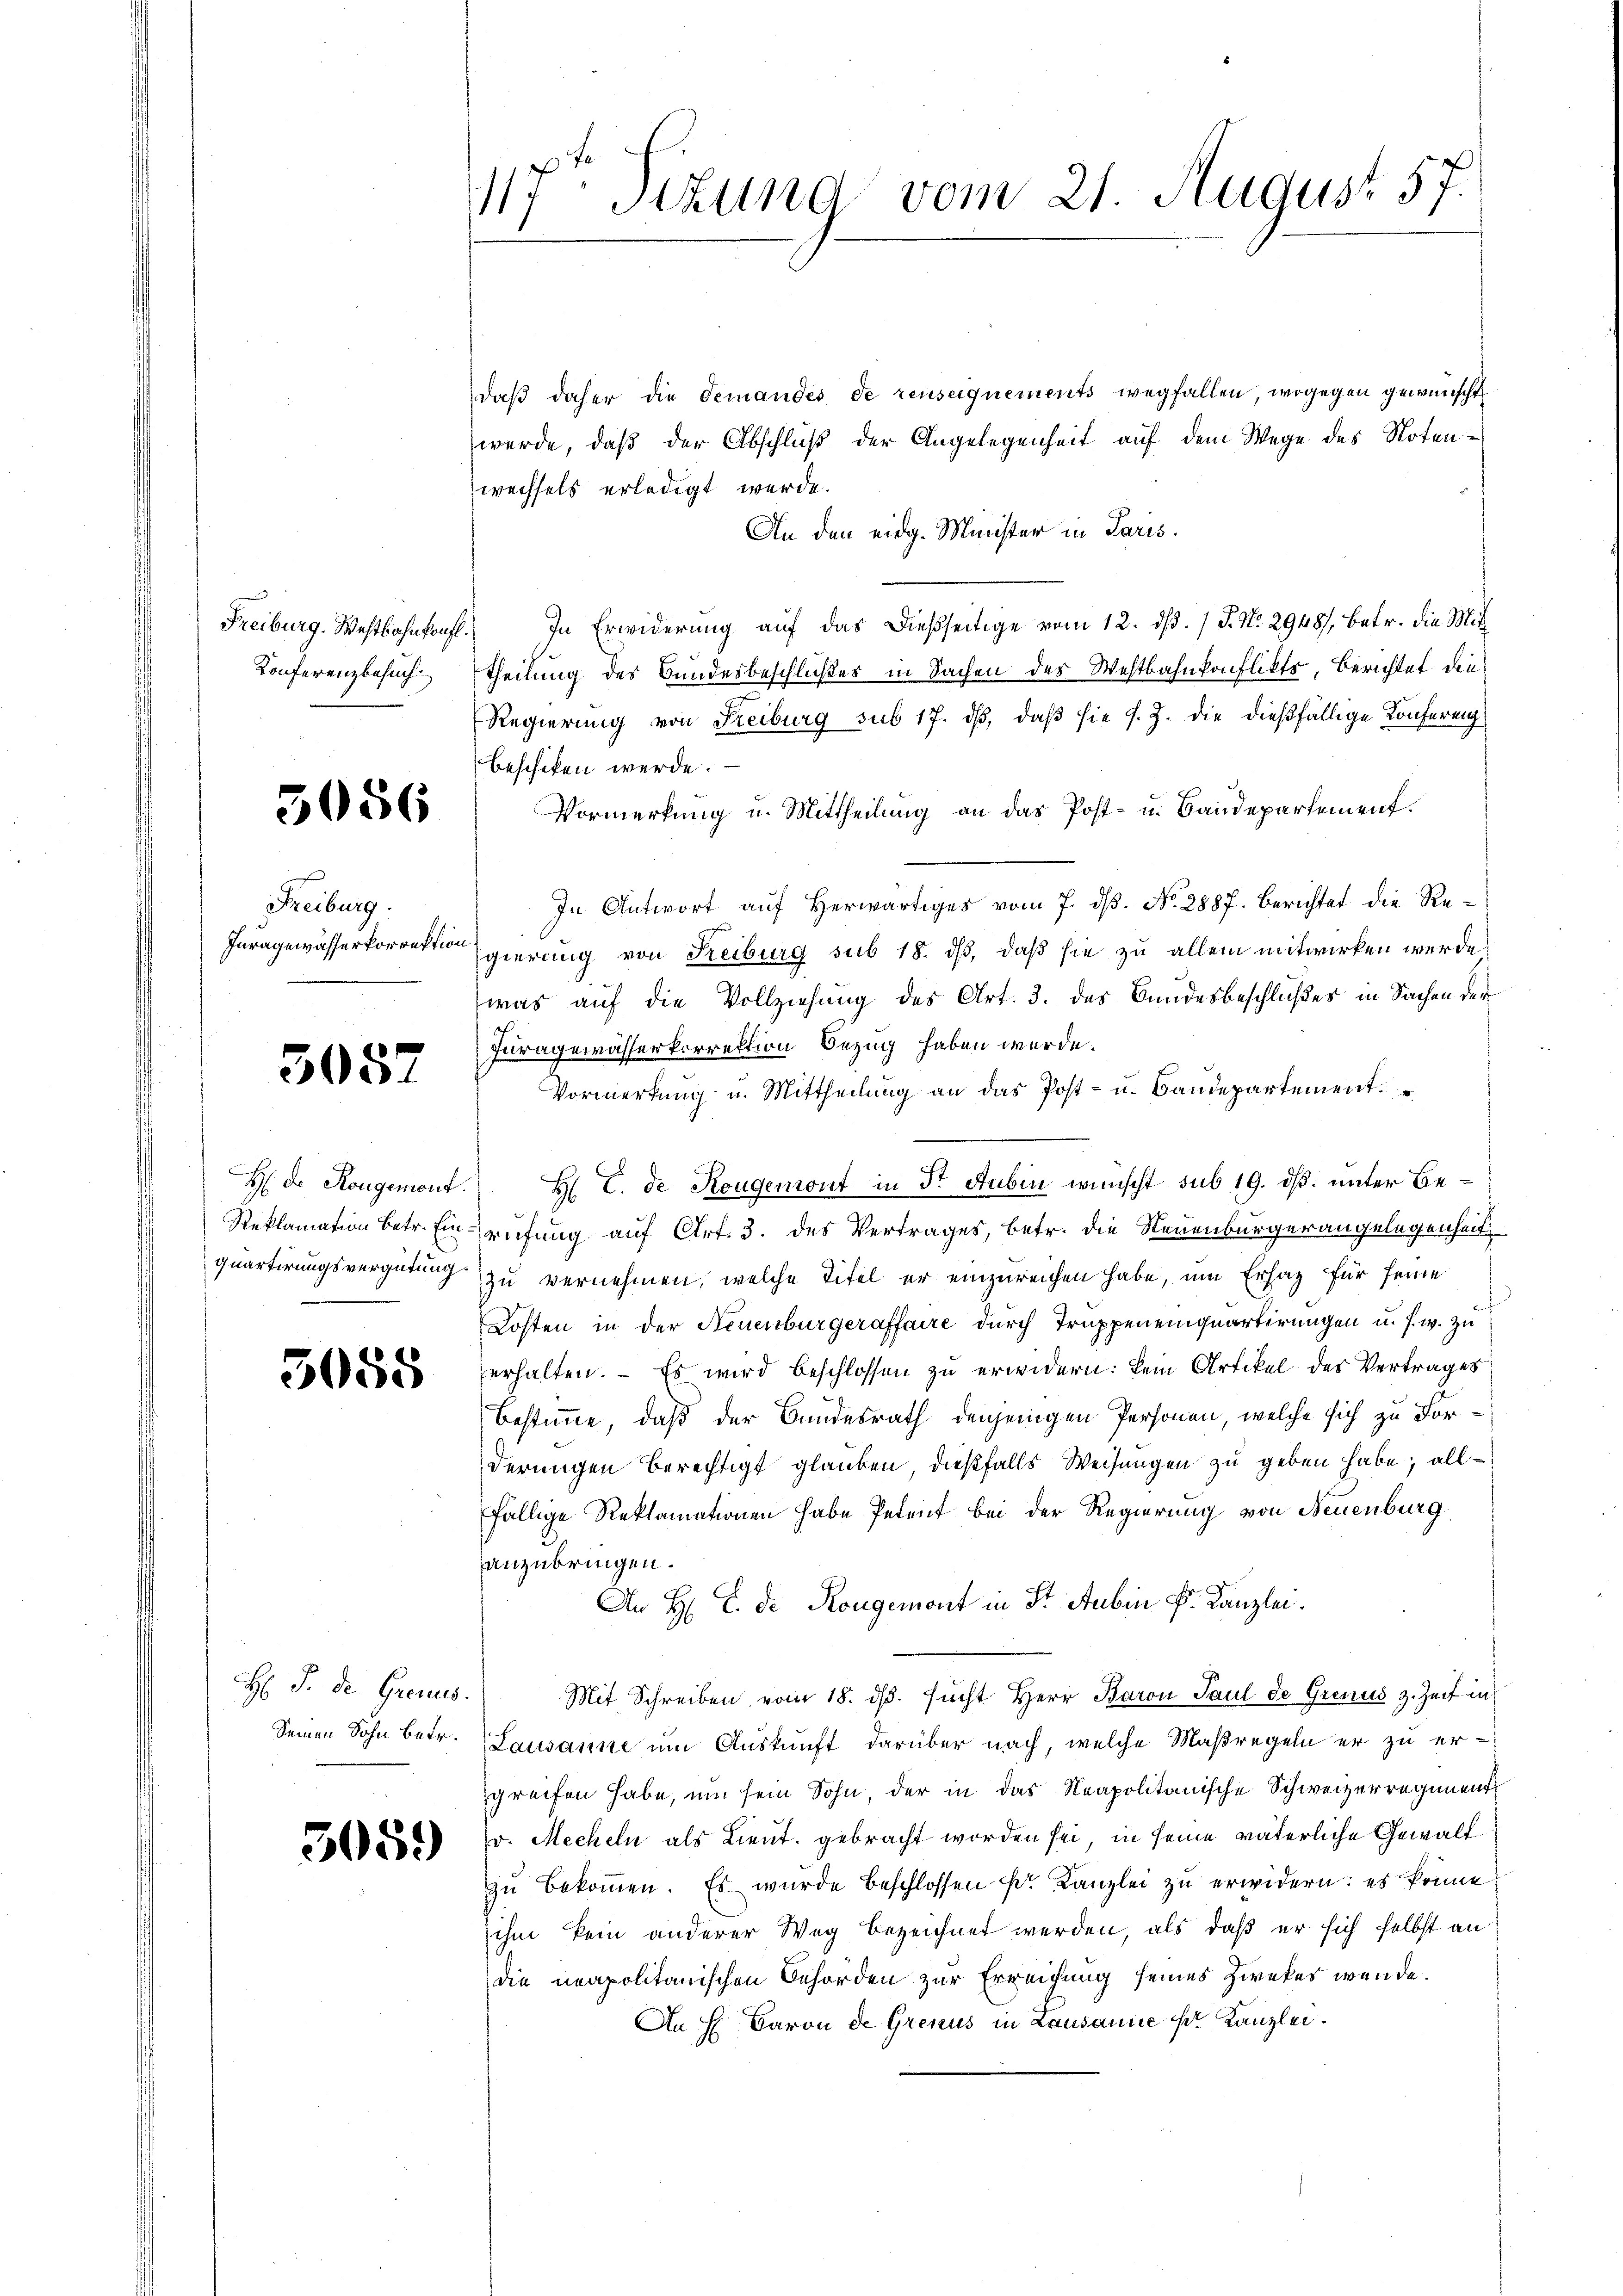
Freiburg. Westbahnkonft
Konferenzbesuch

5056

Freiburg.
Inragewässerkorrektion

3057

5055

H: P. Dr. Grenus.

3059)

117 sezung vom 21. August 57.

daβ daher die demandes de reuseignements wegfallen, wogegen gewünscht
werde, daß der Abschluß der Angelegenheit auf dem Wege des Notenwechsels erledigt werde.
An den eidg. Minister in Paris.
In Erwiderung auf das dießseitige vom 12. dß. / P. No. 2948/, betr. die Mittheilung des Bundesbeschlußes in Sachen des Westbahnkonflikts, Berichtet die
Regierung von Freiburg sub 17. dβ, daß sie s. Z. die dießfällige Konferenz
beschiken werde.
Vormerkung u. Mittheilung an das Post- u. Baudepartement.
In Antwort auf Herwärtiges vom 7. ds. No. 2887. Berichtet die Re¬
Egierung von Reiburg sub 18. ds, daß sie zu allein mitwirken werde
was auf die Vollziehung des Art. 3. des Bundesbeschlußes in Sachen der
Juragewässerkorrektion Bezug haben würde.
Vormerkung u. Mittheilung an das Post- u. Baudepartement.
H de Sougemont. H. C. de Rougemont in Dr Subin wünscht sub 19. dß. unter Be¬
Reklamation betr. Einprüfung auf Art. 3. des Vertrages, betr. die Neuenburgerangelegenheit
quartirungsvergütung zu vernehmen, welche Titel er einzureichen habe, um Ersatz für seine
Kosten in der Neuenburgeraffaire durch Truppeneinquartirungen u. s. w. zu
erhalten. – Es wird beschlossen zu erwidern: kein Artikel des Vertrages
Bestimme, daß der Bundesrath denjenigen Personen, welche sich zu Forderungen berechtigt glauben, dießfalls Weisungen zu geben habe; allfällige Reklamationen habe Petent bei der Regierung von Neuenburg
anzubringen.
An H. E. de Rongemont in St. Aubin P. Kanzlei.
Mit Schreiben vom 18. ds. sucht Herr Baron Paul de Grenus z. Zeit in
Seinen Sohn betr. Lausanne um Auskunft darüber nach, welche Maßregeln er zu ergreifen habe, um sein Sohn, der in das Neapolitanische Schweizerregiment
v. Mecheln als Lieut. gebracht worden sei, in seine väterliche Gewalt
zŭ bekoṁen. Es wurde beschlossen k. Kanzlei zu erwidern: es könne
ihm kein anderer Weg bezeichnet werden, als daß er sich selbst an
die neapolitanischen Behörden zur Erreichung seines Zweker wende.
An H. Baron de Grenus in Lausannes Kanzlei.